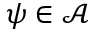
\psi \in \mathcal A